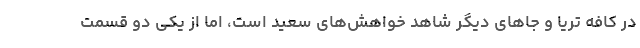
در کافه تریا و جاهای دیگر شاهد خواهش‌های سعید است، اما از یکی دو قسمت